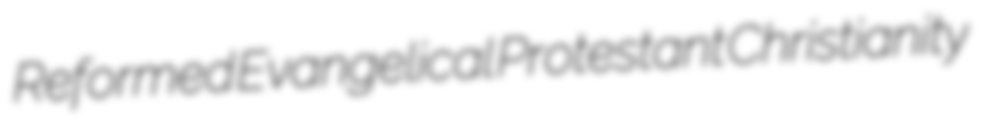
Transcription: Reformed Evangelical Protestant Christianity